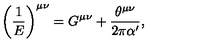
\left( \frac { 1 } { E } \right) ^ { \mu \nu } = G ^ { \mu \nu } + \frac { \theta ^ { \mu \nu } } { 2 \pi \alpha ^ { \prime } } ,